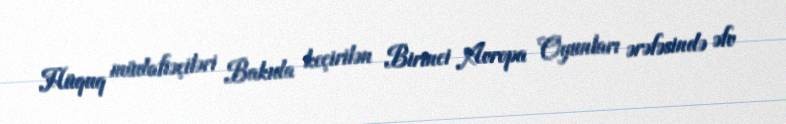
Hüquq müdafiəçiləri Bakıda keçirilən Birinci Avropa Oyunları ərəfəsində əfv